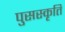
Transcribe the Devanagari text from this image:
पुसस्कृति